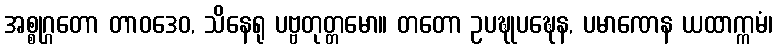
အစ္စုဂ္ဂတော တာဝဒေဝ, သိနေရု ပဗ္ဗတုတ္တမော။ တတော ဥပဍ္ဎုပဍ္ဎေန, ပမာဏေန ယထာက္ကမံ၊